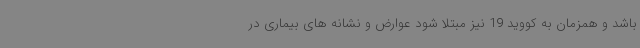
باشد و همزمان به کووید 19 نیز مبتلا شود عوارض و نشانه های بیماری در